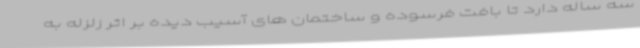
سه ساله دارد تا بافت فرسوده و ساختمان های آسیب دیده بر اثر زلزله به